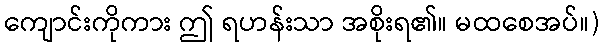
ကျောင်းကိုကား ဤ ရဟန်းသာ အစိုးရ၏။ မထစေအပ်။)